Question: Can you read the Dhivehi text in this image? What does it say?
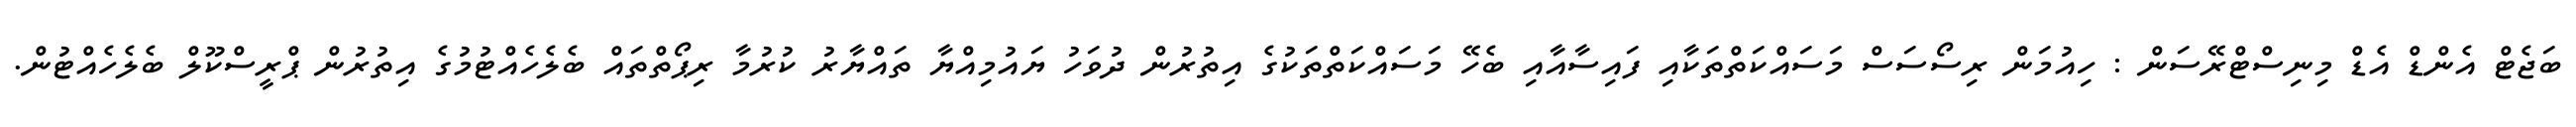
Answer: ބަޖެޓް އެންޑް އެޑް މިނިސްޓްރޭސަން : ހިއުމަން ރިސޯސަސް މަސައްކަތްތަކާއި ފައިސާއާއި ބެހޭ މަސައްކަތްތަކުގެ އިތުރުން ދުވަހު ޔައުމިއްޔާ ތައްޔާރު ކުރުމާ ރިޕޯތްތައް ބެލެހެއްޓުމުގެ އިތުރުން ޕްރީސްކޫލް ބެލެހެއްޓުން.